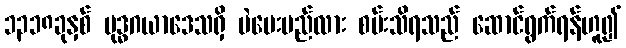
၁၃၁၈ခုနှစ် ဗုဒ္ဓဂယာဒေသရှိ မဲပေးမည်လား စမ်းသိရသည် ဆောင်ရွက်ရန်ဟူ၍